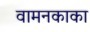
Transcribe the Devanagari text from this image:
वामनकाका